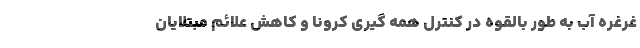
غرغره آب به طور بالقوه در کنترل همه گیری کرونا و کاهش علائم مبتلایان